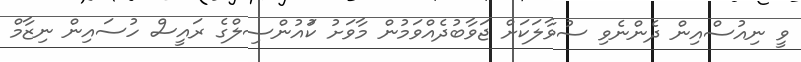
ވީ ނިއުސްއިން ދެންނެވި ސުވާލަކަށް ޖަވާބުދެއްވަމުން މާވަށު ކަުއުންސިލްގެ ރައީސް ހުސައިން ނިޒާމް